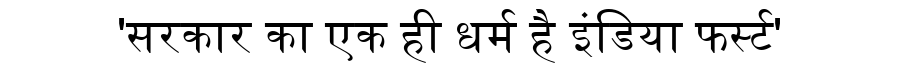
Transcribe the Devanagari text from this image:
'सरकार का एक ही धर्म है इंडिया फर्स्ट'